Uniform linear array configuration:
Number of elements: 8
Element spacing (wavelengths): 1
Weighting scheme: uniform
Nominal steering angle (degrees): -60
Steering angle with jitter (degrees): -61.714
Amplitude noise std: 0.05
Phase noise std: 0.05

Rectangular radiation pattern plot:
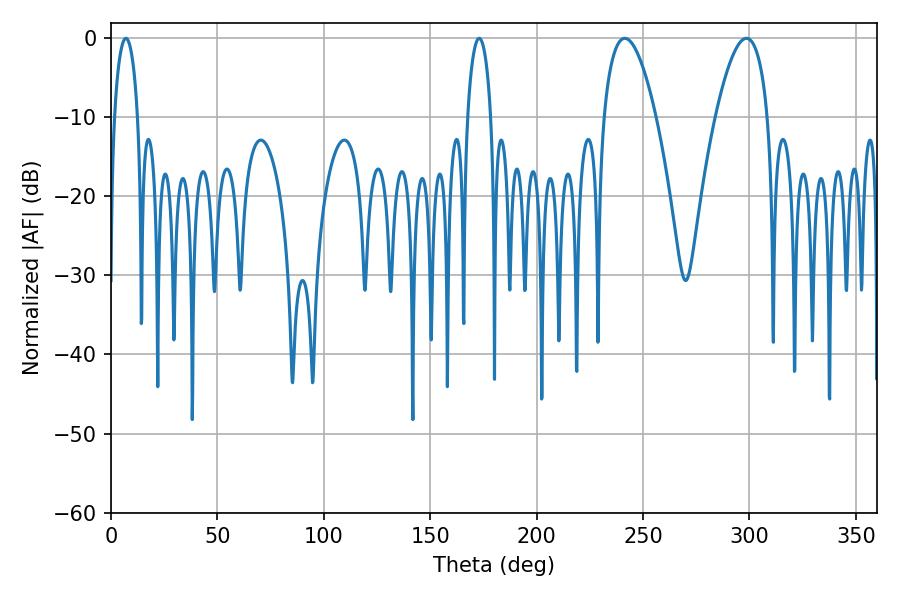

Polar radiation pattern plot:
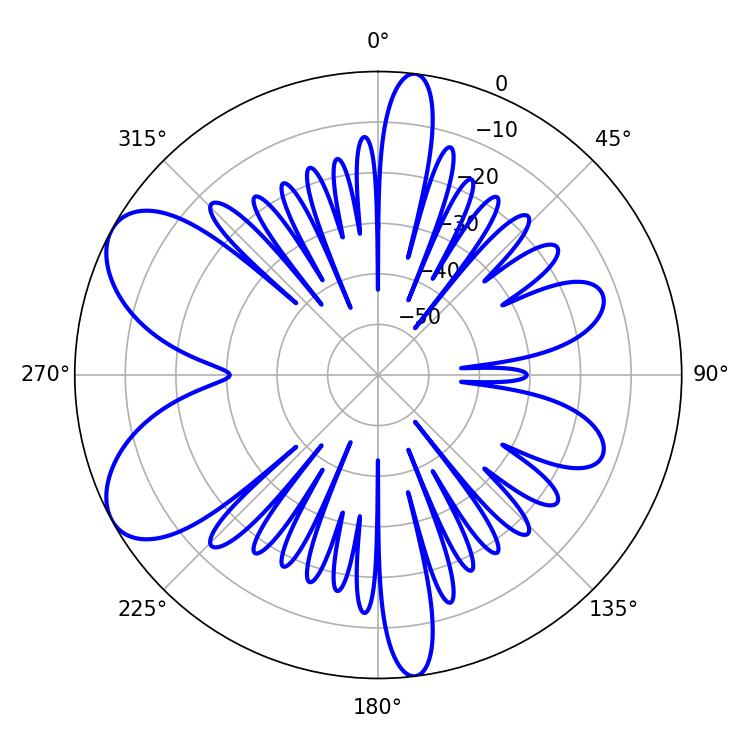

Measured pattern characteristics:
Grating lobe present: TRUE
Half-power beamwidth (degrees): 13.5
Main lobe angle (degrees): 241.38